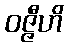
ဝဇ္ဇီဟိ